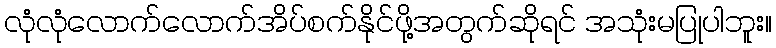
လုံလုံလောက်လောက်အိပ်စက်နိုင်ဖို့အတွက်ဆိုရင် အသုံးမပြုပါဘူး။